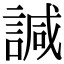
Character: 諴